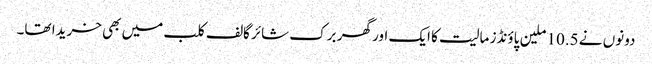
دونوں نے 10.5 ملین پاؤنڈز مالیت کا ایک اور گھر برک شائر گالف کلب میں بھی خریدا تھا۔